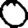
Digit: 0